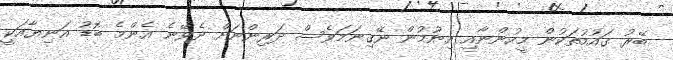
ބޭރު ގައުމުތަކުން މީހުންނާއި އިނުމުން ނޭގިނަމަވެސް ދަރިންނަށް ދެވޭނެ އެންމެ ބޮޑު އަނިޔާއަކީ